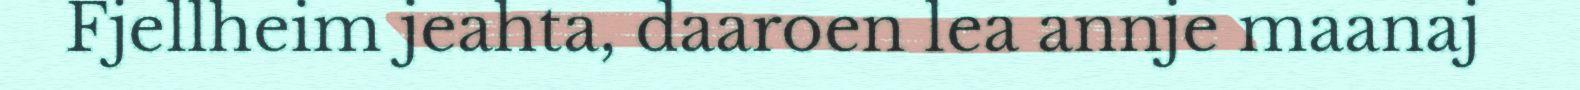
Fjellheim jeahta, daaroen lea annje maanaj